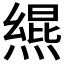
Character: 𪹩